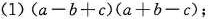
(1)$$(a-b+c)(a-b+c)$$;